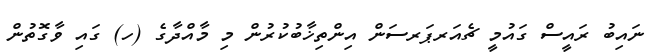
ނައިބު ރައީސް ގައުމީ ޗެއަރޕަރސަން އިންތިޚާބުކުރުން މި މާއްދާގެ (ހ) ގައި ވާގޮތުން